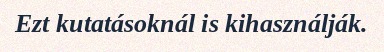
Ezt kutatásoknál is kihasználják.